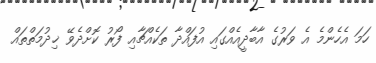
ހަމަ އެހެންމެ އެ ވަރުގެ އާބާދީއެއްގައި އުފައްދާ ތަކެއްޗާއި ފޯރު ކޮށްދެވޭ ޚިދުމަތްތައް